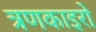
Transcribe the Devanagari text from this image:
त्रणकाइरो